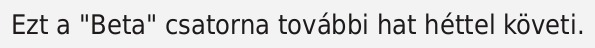
Ezt a "Beta" csatorna további hat héttel követi.